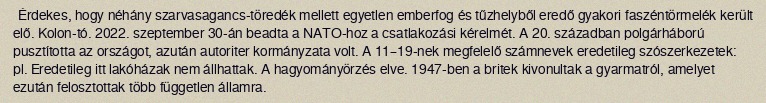
Érdekes, hogy néhány szarvasagancs-töredék mellett egyetlen emberfog és tűzhelyből eredő gyakori faszéntörmelék került elő. Kolon-tó. 2022. szeptember 30-án beadta a NATO-hoz a csatlakozási kérelmét. A 20. században polgárháború pusztította az országot, azután autoriter kormányzata volt. A 11–19-nek megfelelő számnevek eredetileg szószerkezetek: pl. Eredetileg itt lakóházak nem állhattak. A hagyományörzés elve. 1947-ben a britek kivonultak a gyarmatról, amelyet ezután felosztottak több független államra.